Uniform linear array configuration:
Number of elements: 12
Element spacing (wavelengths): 0.75
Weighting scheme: kaiser
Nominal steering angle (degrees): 30
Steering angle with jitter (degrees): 31.028
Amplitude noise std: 0.05
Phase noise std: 0.05

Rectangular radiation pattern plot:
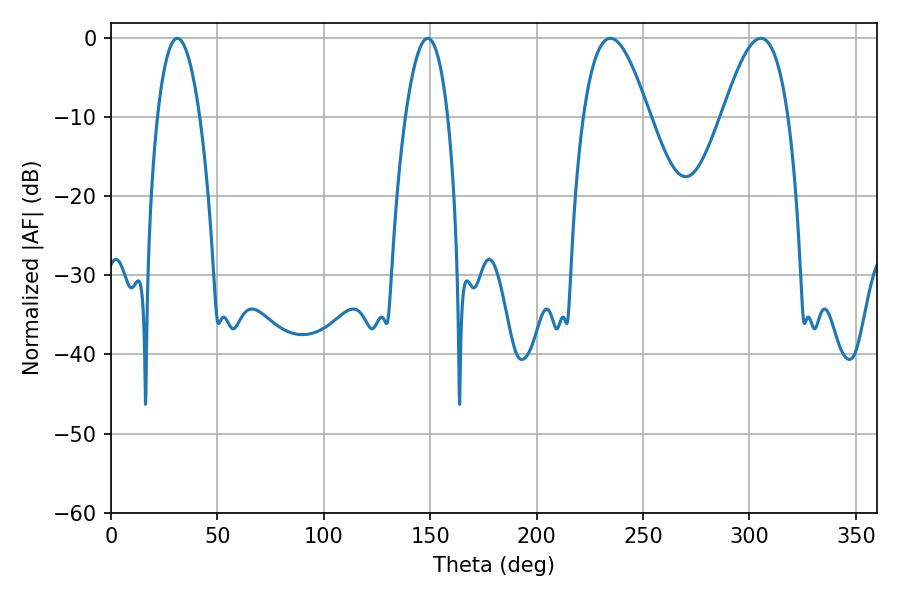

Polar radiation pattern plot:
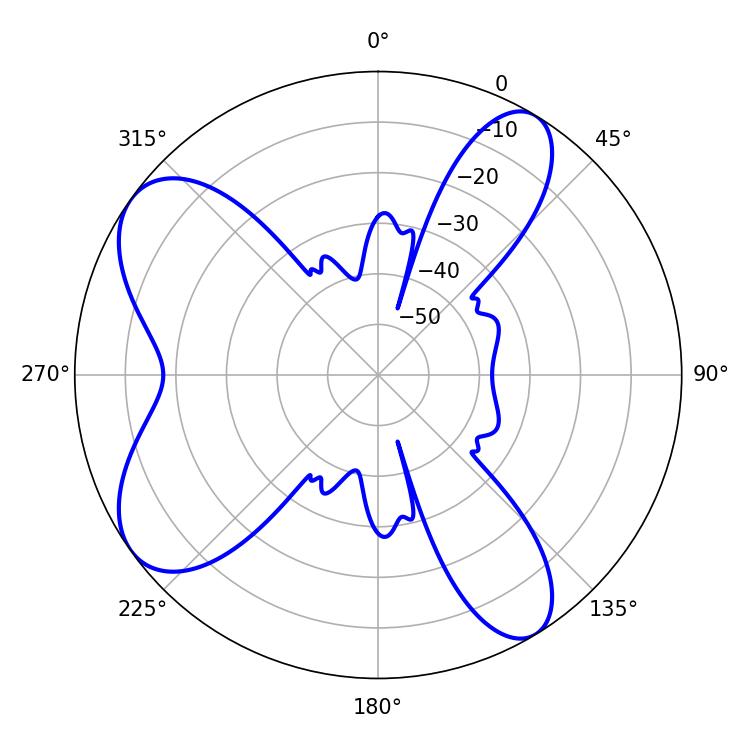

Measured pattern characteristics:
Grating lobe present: TRUE
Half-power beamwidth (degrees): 10.98
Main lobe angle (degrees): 31.14